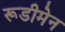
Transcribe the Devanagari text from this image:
रूडीमेन